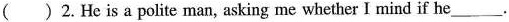
( )2.He is a polite man, asking me whether I mind if he___.